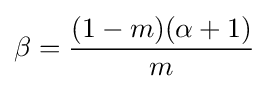
\beta ={\frac {(1-m)(\alpha +1)}{m}}